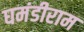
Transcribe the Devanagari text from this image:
घमंडीराम